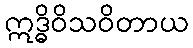
ဣဒ္ဓိဝိသဝိတာယ